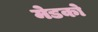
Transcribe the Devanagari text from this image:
मेडको